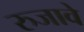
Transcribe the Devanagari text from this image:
रुजावे